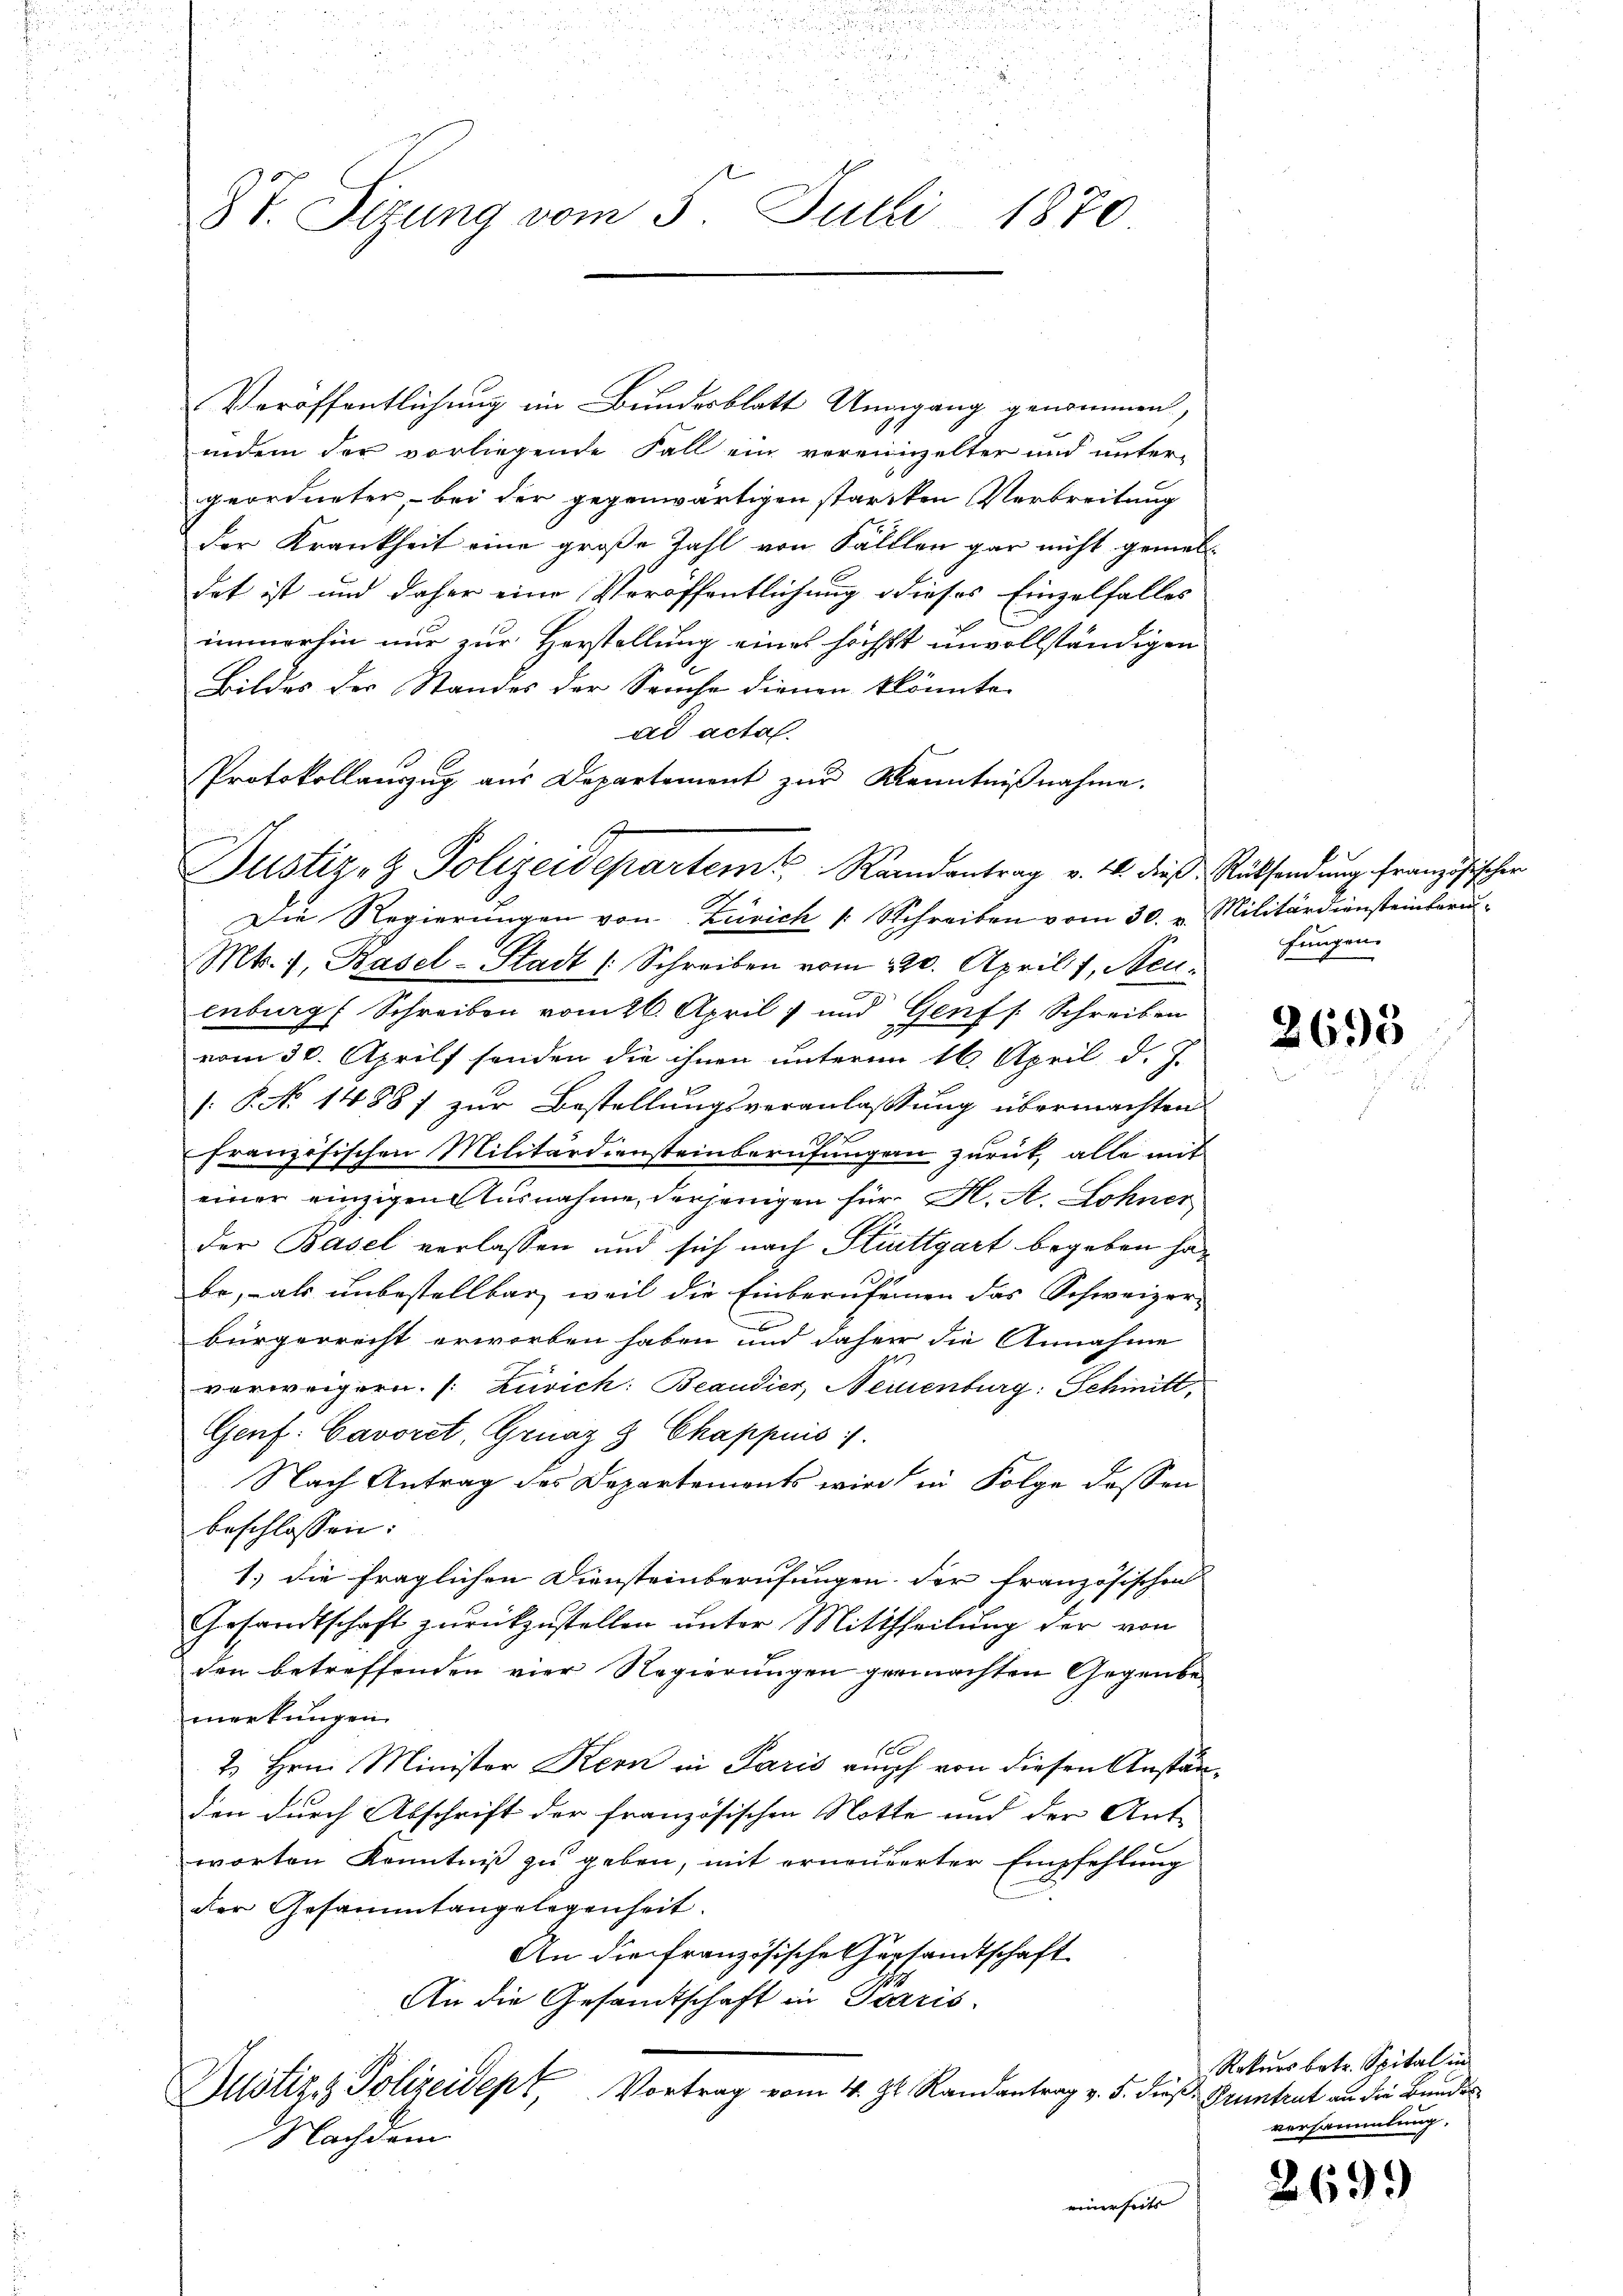
i
87. Sizung vom 5. Julii 1870.

Veröffentlichung im Bundesblatt Umgang genommen,
indem der vorliegende Fall ein vereinzelter und unter-
geordneter, - bei der gegenwärtigen starcken Verbreitung
der Krankheit eine große Zahl von Fälllen gar nicht gemeldat ist und daher eine Veröffentlichung dieses Einzelfalles
immerhin nur zur Herstellung eines höchst unvollständigen
Bildes der Standes der Seuche dienen könnte
1
Die Regierungen von Zürich 1. Schreiben vom 30. v. Militärdiensteinbaru
Mts. 1, Basel-Stadt (Schreiben vom 220. April 1, Steuenburg Schreiben vom 26. April 1 und Genf s. Schreiben
vom 30. Aprils senden die ihnen unterm 16. April d. J.
: P. No 1488) zur Bestellungsveranlaßung übermachten
französischen Militärdiensteinberufungen zurück, alle mit
einer einzigen Ausnahme, derjenigen für H. A. Lohner
der Basel verlassen und sich nach Stuttgart begeben habe, als unbestellbar, weil die Einberufenen das Schweizer-
bürgerrecht erworben haben und daher die Annahme
vorweigern. [Zürich: Beaudier, Neuenburg: Schmitt,
Genf. Cavoret, Graz 3 Chappuis :/.
Nach Antrag des Departements wird in Folge dessen
beschlossen:
1.) die fraglichen Diensteinberufungen der französischen
Gesandtschaft zŭrückzustellen ŭnter Mittheilŭng der von
den betreffenden vier Regierungen germachten Gegenbemerkungen
10x
2. Hrn. Minister Kern in Paris auch von diesen Anständen durch Abschrift der französischen Notte und der Ant-
worten Kenntniß zu geben, mit erneuerter Empfehlung
der Gesammtangelegenheit.
An die französische Gersandtschaft
An die Gesandtschaft in Paris
f
Bustiz & Polizeidept, Vortrag vom 4. J. Randantrag v. 5. dieβ Pruntrut an die Bundes
Nachdem
einerseits

ad acta
Protokollaŭszŭg aŭs Departement zŭr Kenntniβnahme.
Justiz- & Polizeidepartem Randantrag v. 14. dies Rücksendung französischer

fungen.

2695

Rekurs betr. Spital in
versammlung.

269.